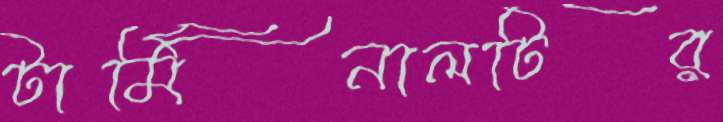
টার্মিনালটির